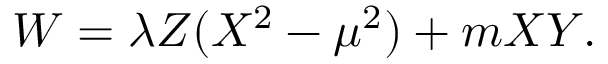
W = \lambda Z ( X ^ { 2 } - \mu ^ { 2 } ) + m X Y .